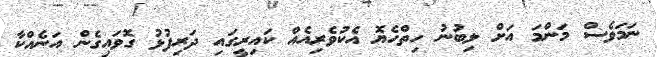
ނަމަވެސް މަންމަ އަށް ލިބުނު ހިތްހެޔޮ އެކުވެރިއެއް ކައިރީގައި ދަރިފުޅު ގޮވައިގެން އަނެއްކާ